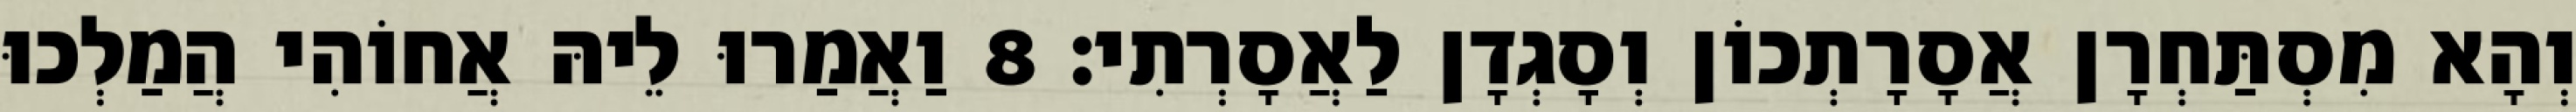
וְהָא מִסְתַּחְרָן אֲסָרָתְכוֹן וְסָגְדָן לַאֲסָרְתִי׃ 8 וַאֲמַרוּ לֵיהּ אֲחוֹהִי הֲמַלְכוּ